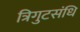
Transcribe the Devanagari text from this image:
त्रिगुटसंधि